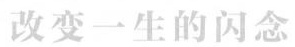
改变一生的闪念